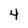
Character: 4